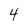
Character: 4